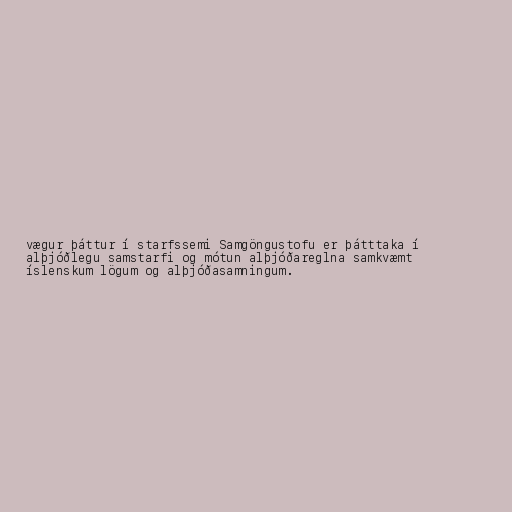
vægur þáttur í starfssemi Samgöngustofu er þátttaka í
alþjóðlegu samstarfi og mótun alþjóðareglna samkvæmt
íslenskum lögum og alþjóðasamningum.